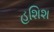
હશિશ